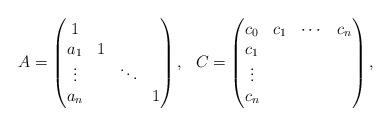
LaTeX: \begin{align*}\begin{array}{cc}A=\begin{pmatrix}1\\a_{1} & 1\\\vdots & & \ddots\\a_{n} & & & 1\end{pmatrix}, & C=\begin{pmatrix}c_{0} & c_{1} & \cdots & c_{n}\\c_{1}\\\vdots\\c_{n}\end{pmatrix},\end{array}\end{align*}